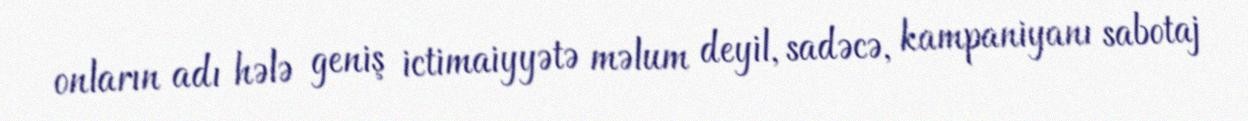
onların adı hələ geniş ictimaiyyətə məlum deyil, sadəcə, kampaniyanı sabotaj